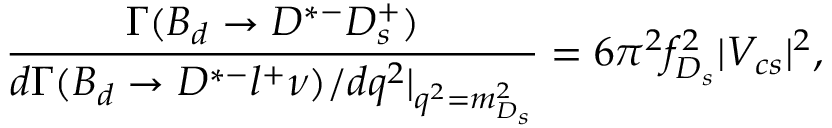
\frac { \mit \Gamma ( B _ { d } \rightarrow D ^ { * - } D _ { s } ^ { + } ) } { d \mit \Gamma ( B _ { d } \rightarrow D ^ { * - } l ^ { + } \nu ) / d q ^ { 2 } | _ { q ^ { 2 } = m _ { D _ { s } } ^ { 2 } } } = 6 \pi ^ { 2 } f _ { D _ { s } } ^ { 2 } | V _ { c s } | ^ { 2 } ,